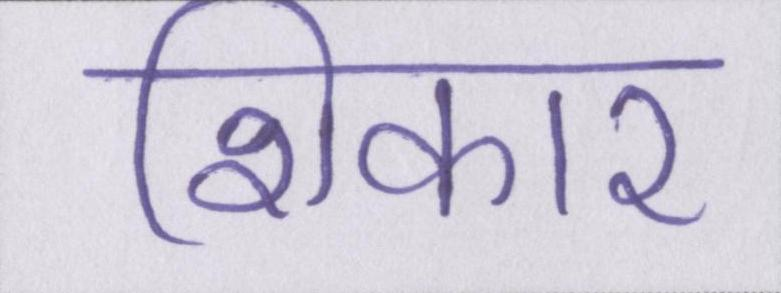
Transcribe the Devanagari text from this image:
शिकार